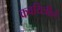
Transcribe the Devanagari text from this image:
कवयित्रीने